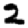
Digit: 2